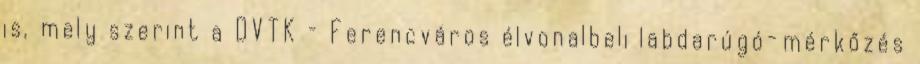
is, mely szerint a DVTK – Ferencváros élvonalbeli labdarúgó-­mérkőzés